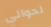
لحوالي